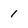
Character: 1